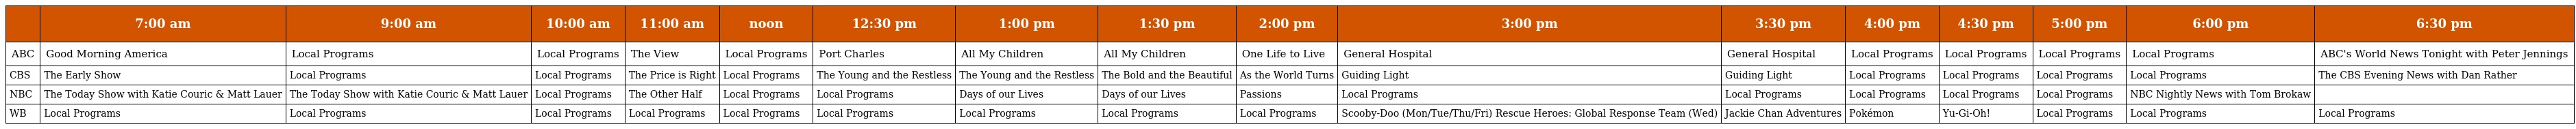
|  | 7:00 am | 9:00 am | 10:00 am | 11:00 am | noon | 12:30 pm | 1:00 pm | 1:30 pm | 2:00 pm | 3:00 pm | 3:30 pm | 4:00 pm | 4:30 pm | 5:00 pm | 6:00 pm | 6:30 pm |
 | --- | --- | --- | --- | --- | --- | --- | --- | --- | --- | --- | --- | --- | --- | --- | --- | --- |
 | ABC | Good Morning America | Local Programs | Local Programs | The View | Local Programs | Port Charles | All My Children | All My Children | One Life to Live | General Hospital | General Hospital | Local Programs | Local Programs | Local Programs | Local Programs | ABC's World News Tonight with Peter Jennings |
 | CBS | The Early Show | Local Programs | Local Programs | The Price is Right | Local Programs | The Young and the Restless | The Young and the Restless | The Bold and the Beautiful | As the World Turns | Guiding Light | Guiding Light | Local Programs | Local Programs | Local Programs | Local Programs | The CBS Evening News with Dan Rather |
 | NBC | The Today Show with Katie Couric & Matt Lauer | The Today Show with Katie Couric & Matt Lauer | Local Programs | The Other Half | Local Programs | Local Programs | Days of our Lives | Days of our Lives | Passions | Local Programs | Local Programs | Local Programs | Local Programs | Local Programs | NBC Nightly News with Tom Brokaw |  |
 | WB | Local Programs | Local Programs | Local Programs | Local Programs | Local Programs | Local Programs | Local Programs | Local Programs | Local Programs | Scooby-Doo (Mon/Tue/Thu/Fri) Rescue Heroes: Global Response Team (Wed) | Jackie Chan Adventures | Pokémon | Yu-Gi-Oh! | Local Programs | Local Programs | Local Programs |